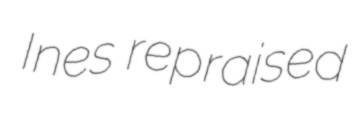
Ines repraised